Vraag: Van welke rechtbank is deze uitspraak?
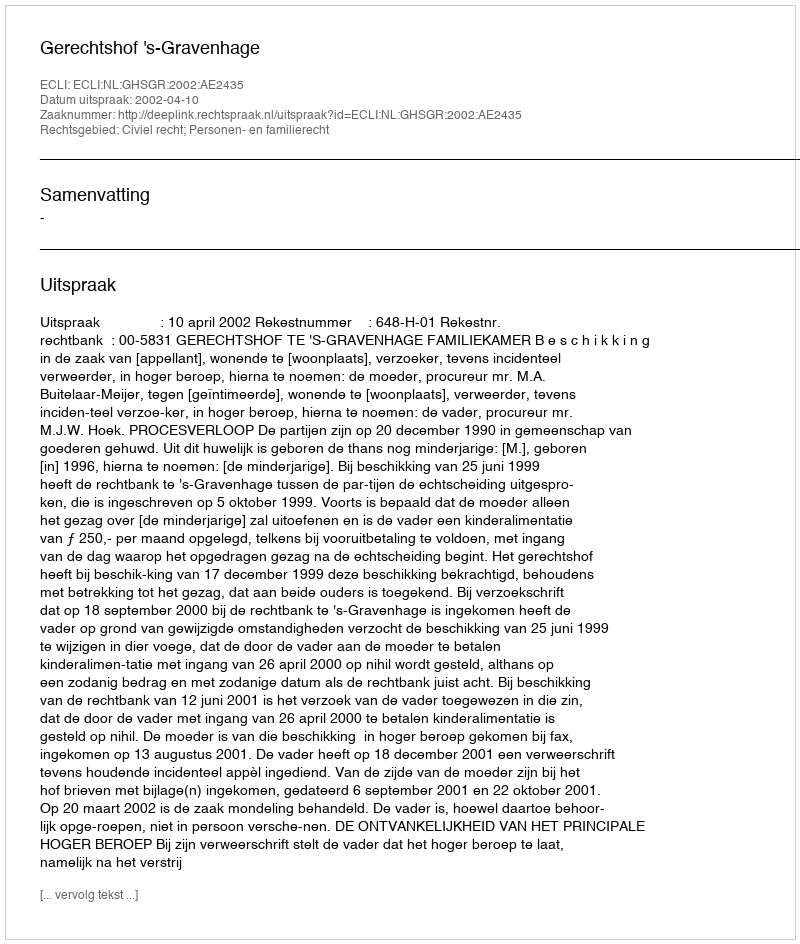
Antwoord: Gerechtshof 's-Gravenhage